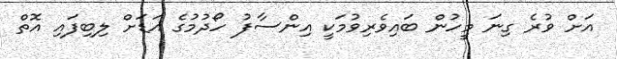
އަށް ވުރެ ގިނަ މީހުން ބައިވެރިވުމަކީ އިންސާފު ހޯދުމުގެ އަޑަށް ލިބިފައި އޮތް